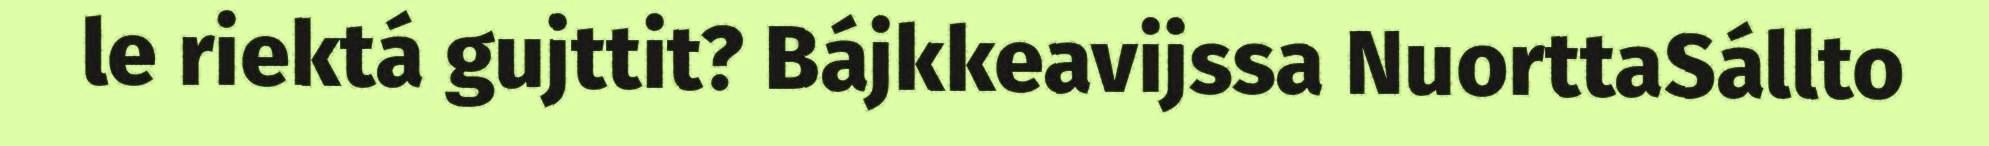
le riektá gujttit? Bájkkeavijssa NuorttaSállto